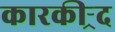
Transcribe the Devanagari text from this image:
कारकीऱ्र्द